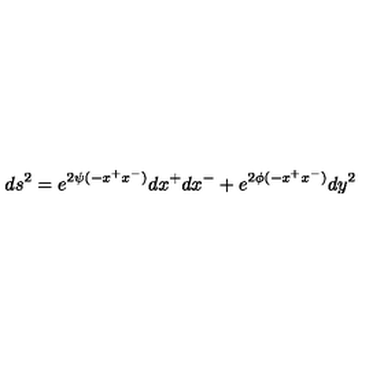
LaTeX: d s ^ { 2 } = e ^ { 2 \psi ( - x ^ { + } x ^ { - } ) } d x ^ { + } d x ^ { - } + e ^ { 2 \phi ( - x ^ { + } x ^ { - } ) } d y ^ { 2 }